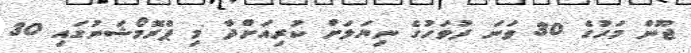
ޖޫން މަހުގެ 30 ވަނަ ދުވަހުގެ ނިޔަލަށް ކުރިއަށްދާ މި ޕްރޮމޯޝަނުގައި 30